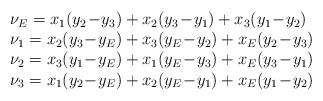
LaTeX: \begin{align*} \left. \begin{array}{l l}\nu_E = x_1(y_2\!-\!y_3)+x_2(y_3\!-\!y_1)+x_3(y_1\!-\!y_2) \\ \nu_1=x_2(y_3\!-\!y_E)+x_3(y_E\!-\!y_2)+x_E(y_2\!-\!y_3) \\ \nu_2=x_3(y_1\!-\!y_E)+x_1(y_E\!-\!y_3)+x_E(y_3\!-\!y_1) \\ \nu_3=x_1(y_2\!-\!y_E)+x_2(y_E\!-\!y_1)+x_E(y_1\!-\!y_2)\end{array} \right. \end{align*}